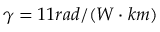
\gamma = 1 1 r a d / ( W \cdot k m )